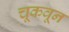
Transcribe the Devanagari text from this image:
चूकवून